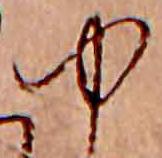
ゆ